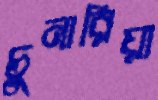
চুনারিয়া